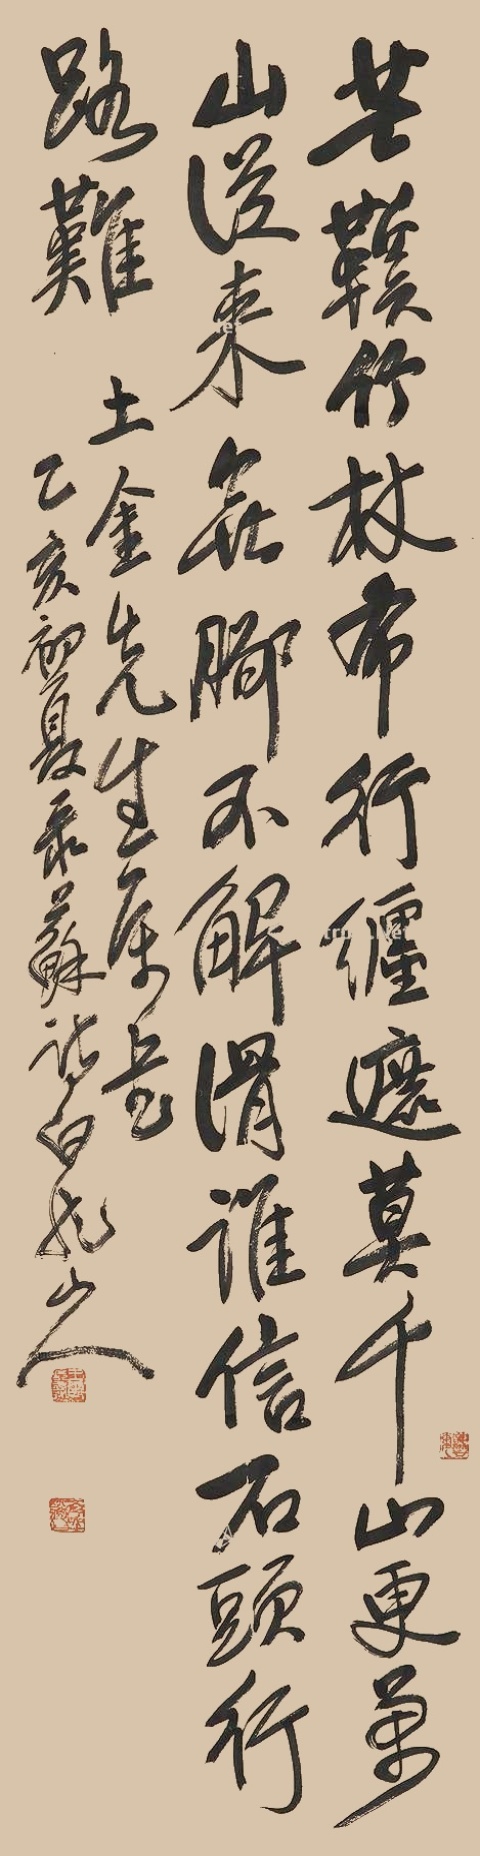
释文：芒鞵竹杖布行缠，遮莫千山更万山。从来无脚不解滑，谁信石头行路难。土金先生属书，乙亥（1935）初夏录苏诗，白龙山人。